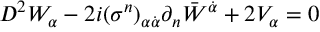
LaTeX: D ^ { 2 } W _ { \alpha } - 2 i ( \sigma ^ { n } ) _ { \alpha \dot { \alpha } } \partial _ { n } { \bar { W } } ^ { \dot { \alpha } } + 2 V _ { \alpha } = 0